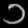
Digit: ၁